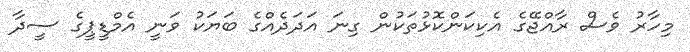
މިހާރު ވެސް ރާއްޖޭގެ އެކިކަންކޮޅުތަކުން ގިނަ އަދަދެއްގެ ބަޔަކު ވަނީ އެމްޑީޕީގެ ސީދާ